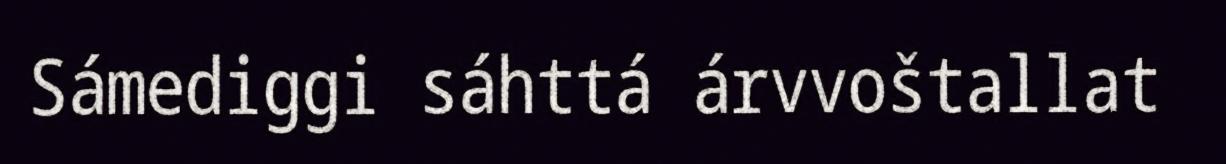
Sámediggi sáhttá árvvoštallat